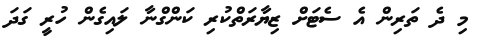
މި ދެ ތަރިން އެ ސެޓަށް ޒިޔާރަތްކުރި ކަންގްނާ ލައިގެން ހުރީ ގަދަ